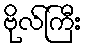
ဗိုလ်ကြီး